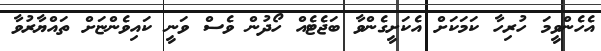
އެހެންވީމަ ހުރިހާ ކަމަކަށް އެކަށީގެންވާ ބަޖެޓެއް ހޯދުން ވެސް ވަނީ ކައިވެންޏަށް ތައްޔާރުވާ